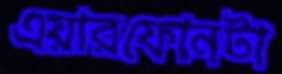
এয়ারফোনটা